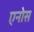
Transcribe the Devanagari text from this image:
एनोस